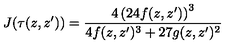
J ( \tau ( z , z ^ { \prime } ) ) = \frac { 4 \left( 2 4 f ( z , z ^ { \prime } ) \right) ^ { 3 } } { 4 f ( z , z ^ { \prime } ) ^ { 3 } + 2 7 g ( z , z ^ { \prime } ) ^ { 2 } }